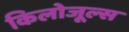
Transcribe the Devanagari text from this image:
किलोजूल्स